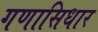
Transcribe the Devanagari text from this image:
गणासिधार